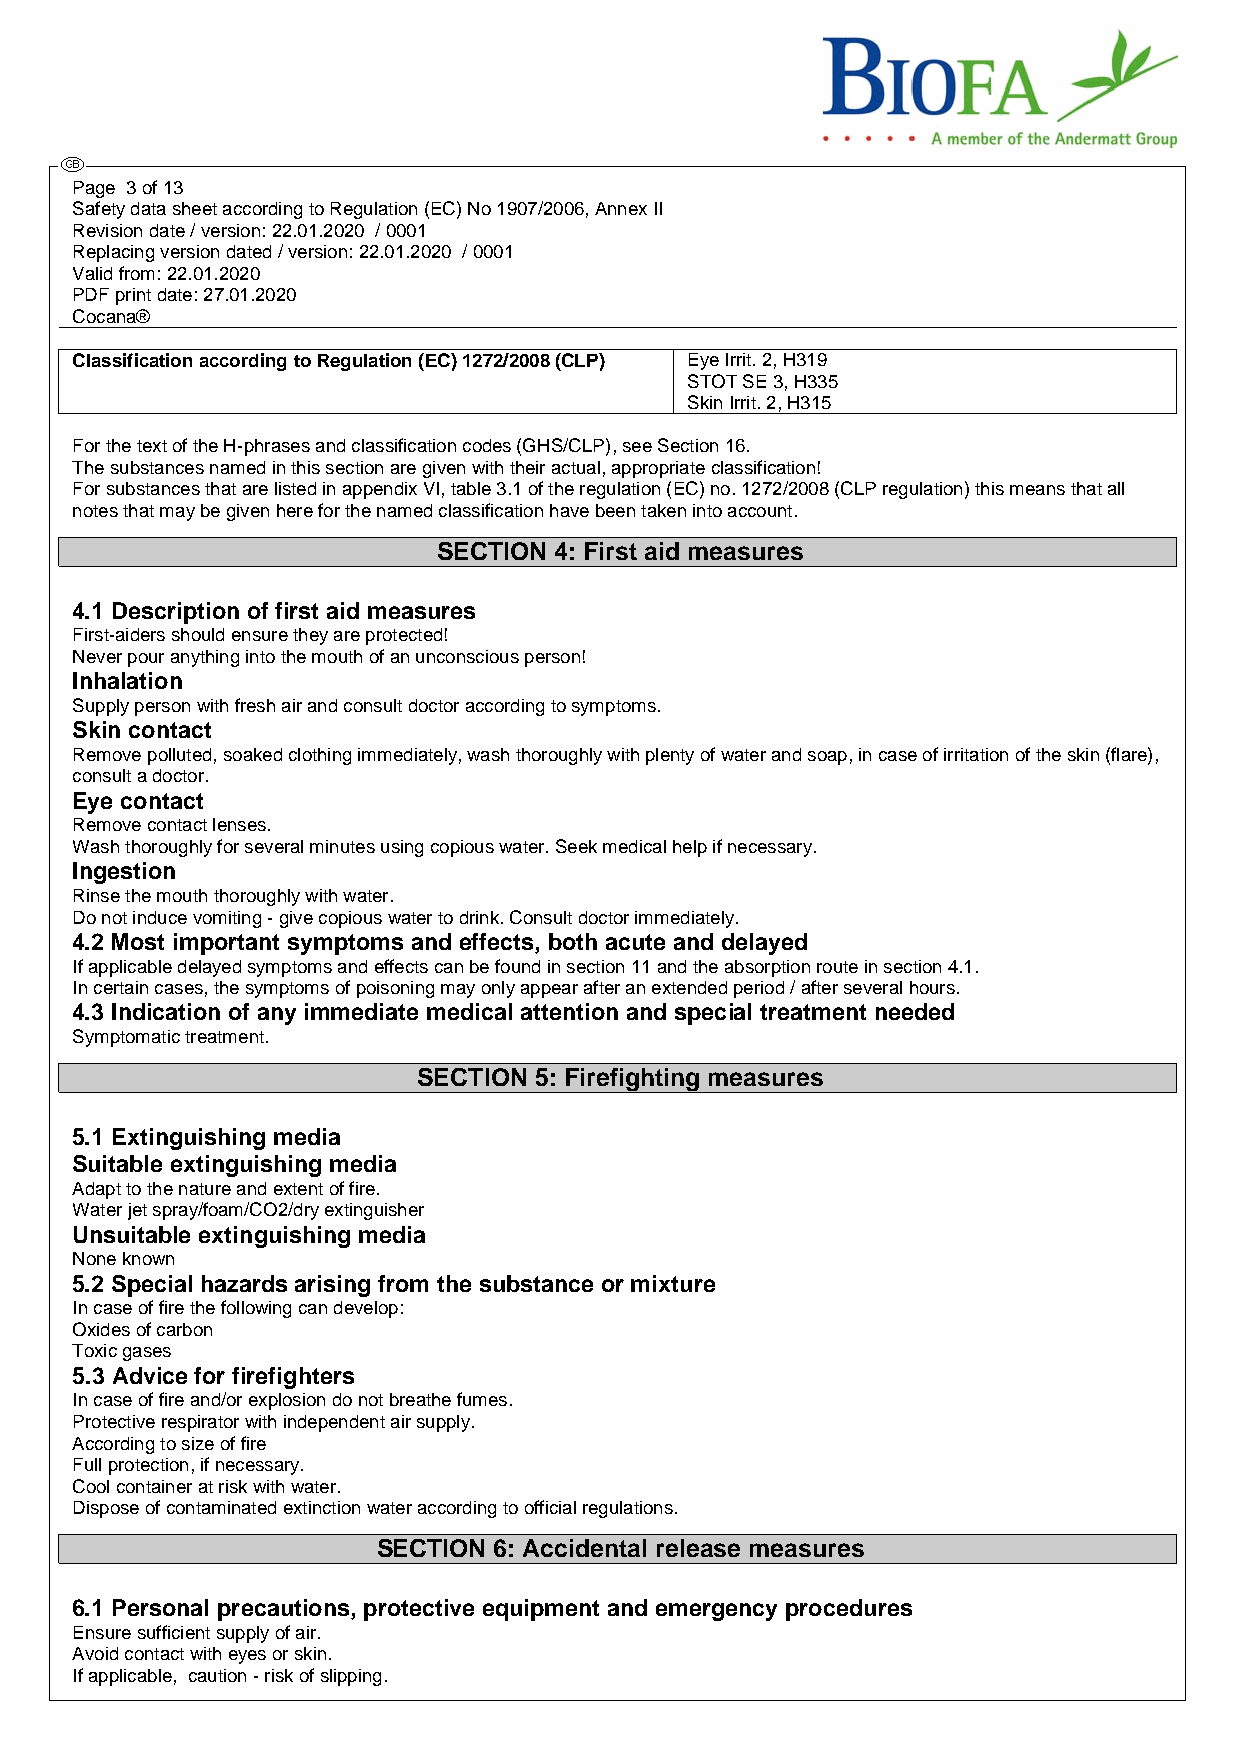
Page 3 of 13
 Safety data sheet according to Regulation (EC) No 1907/2006, Annex II
 Revision date / version: 22.01.2020 / 0001
 Replacing version dated / version: 22.01.2020 / 0001
 Valid from: 22.01.2020
 PDF print date: 27.01.2020
 Cocana®
 Classification according to Regulation (EC) 1272/2008 (CLP) Eye Irrit. 2, H319
 STOT SE 3, H335
 Skin Irrit. 2, H315
 For the text of the H-phrases and classification codes (GHS/CLP), see Section 16.
 The substances named in this section are given with their actual, appropriate classification!
 For substances that are listed in appendix VI, table 3.1 of the regulation (EC) no. 1272/2008 (CLP regulation) this means that all
 notes that may be given here for the named classification have been taken into account.
 SECTION 4: First aid measures
 4.1 Description of first aid measures
 First-aiders should ensure they are protected!
 Never pour anything into the mouth of an unconscious person!
 Inhalation
 Supply person with fresh air and consult doctor according to symptoms.
 Skin contact
 Remove polluted, soaked clothing immediately, wash thoroughly with plenty of water and soap, in case of irritation of the skin (flare),
 consult a doctor.
 Eye contact
 Remove contact lenses.
 Wash thoroughly for several minutes using copious water. Seek medical help if necessary.
 Ingestion
 Rinse the mouth thoroughly with water.
 Do not induce vomiting - give copious water to drink. Consult doctor immediately.
 4.2 Most important symptoms and effects, both acute and delayed
 If applicable delayed symptoms and effects can be found in section 11 and the absorption route in section 4.1.
 In certain cases, the symptoms of poisoning may only appear after an extended period / after several hours.
 4.3 Indication of any immediate medical attention and special treatment needed
 Symptomatic treatment.
 SECTION 5: Firefighting measures
 5.1 Extinguishing media
 Suitable extinguishing media
 Adapt to the nature and extent of fire.
 Water jet spray/foam/CO2/dry extinguisher
 Unsuitable extinguishing media
 None known
 5.2 Special hazards arising from the substance or mixture
 In case of fire the following can develop:
 Oxides of carbon
 Toxic gases
 5.3 Advice for firefighters
 In case of fire and/or explosion do not breathe fumes.
 Protective respirator with independent air supply.
 According to size of fire
 Full protection, if necessary.
 Cool container at risk with water.
 Dispose of contaminated extinction water according to official regulations.
 SECTION 6: Accidental release measures
 6.1 Personal precautions, protective equipment and emergency procedures
 Ensure sufficient supply of air.
 Avoid contact with eyes or skin.
 If applicable, caution - risk of slipping.